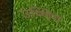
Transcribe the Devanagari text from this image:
उष्णिग